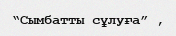
“Сымбатты сұлуға” ,